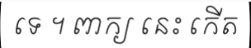
ទេ ។ ពាក្យ នេះ កើត